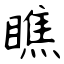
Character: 瞧